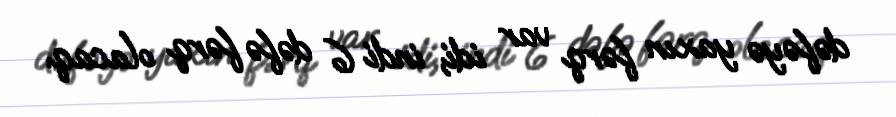
dəfəyə yaxın fərq var idi, indi 6 dəfə fərq olacaq.